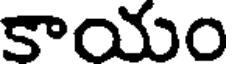
కాయం